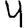
Digit: 4